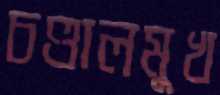
চণ্ডালমুখ